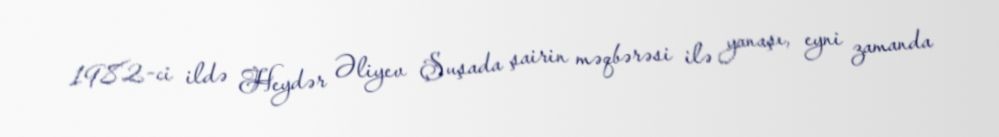
1982-ci ildə Heydər Əliyev Şuşada şairin məqbərəsi ilə yanaşı, eyni zamanda